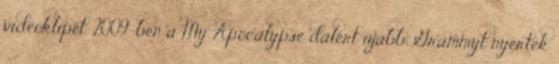
videóklipet. 2009-ben a My Apocalypse dalért újabb Grammyt nyertek